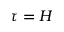
\tau = H